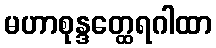
မဟာစုန္ဒတ္ထေရဂါထာ